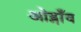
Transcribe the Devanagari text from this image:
ओड्गाँव